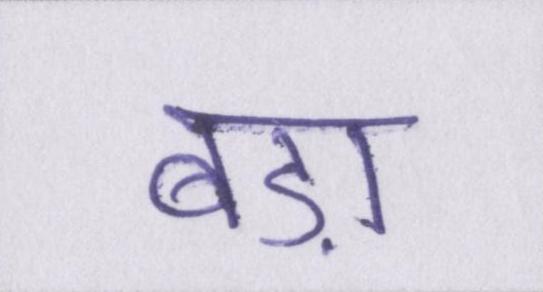
बड़ा